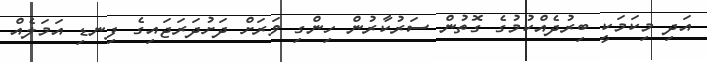
އަދި މިކަމަކީ ބިރުދެއްކުމުގެ ގޮތުން ސަރުކާރުން ހިންގި ވަރަށް ދަށުދަރަޖައިގެ ފިނޑި އަމަލެއް